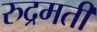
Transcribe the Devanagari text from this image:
रुद्रमती